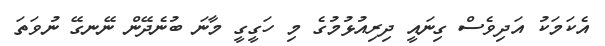
އެކަމަކު އަދިވެސް ގިނައީ ދިރިއުޅުމުގެ މި ހަގީގީ މާނަ ބުނެދޭން ނޭނގޭ ނުވަތަ